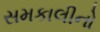
સમકાલીનો